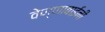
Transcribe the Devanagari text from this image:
वेण्णाबाईंनी